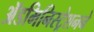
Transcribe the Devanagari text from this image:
ॲडमिनिस्ट्रेशनने